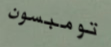
تومبسون